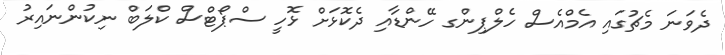
ދެވަނަ މެޗުގައި އެމްއެސް ހެލްޕިންގ ހޭންޑާއި ދެކޮޅަށް ޅޮހީ ސްޕޯޓްސް ކްލަބް ނިކުންނައިރު